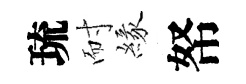
琉耐緣帑